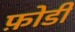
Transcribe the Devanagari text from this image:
फ़ोडी